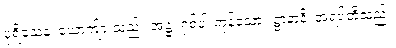
ပုရိသေန၊ ယောကျ်ားသည်။ အဋ္ဌ၊ ရှစ်ပါးကုန်သော။ ဋ္ဌာနာနိ၊ အရပ်တို့သည်။